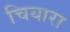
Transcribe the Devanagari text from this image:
चियारा